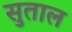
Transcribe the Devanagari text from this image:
सुताल